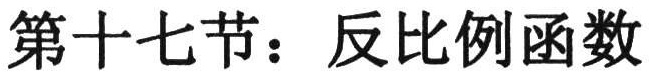
第十七节：反比例函数